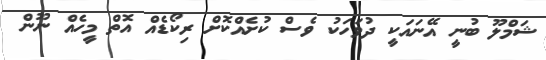
ޝަމްލޫ ބުނީ އޭނައަކީ ދުވަހަކު ވެސް ކުށެއްކޮށް ރިކޯޑެއް އޮތް މީހެއް ނޫން